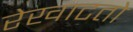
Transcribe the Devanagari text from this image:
रेखाटतो